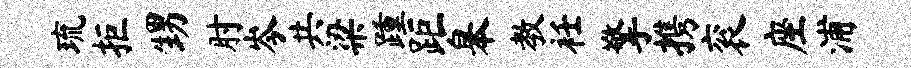
琉拒甥肘岑共梁踵距皋教衽擎携衮座浦